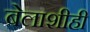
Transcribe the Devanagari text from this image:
बेलाशीही